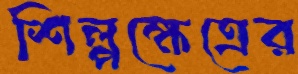
শিল্পক্ষেত্রের